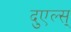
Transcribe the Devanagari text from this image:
दुएल्स्